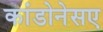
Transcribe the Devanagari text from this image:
कांडोनेसए